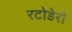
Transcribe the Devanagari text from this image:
रटोडेरो